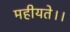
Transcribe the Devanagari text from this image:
महीयते।।